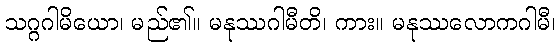
သဂ္ဂဂါမိယော၊ မည်၏။ မနုဿဂါမီတိ၊ ကား။ မနုဿလောကဂါမီ၊